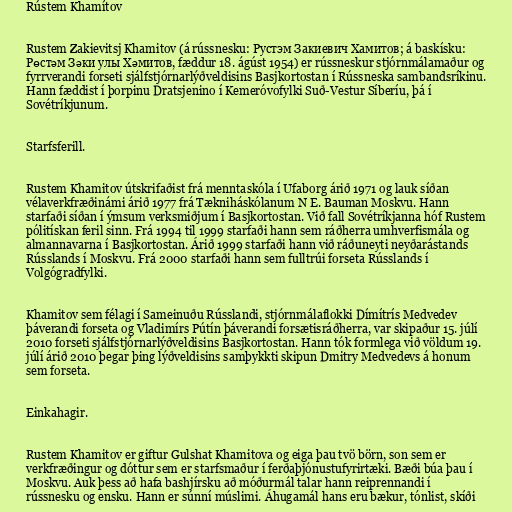
Rústem Khamítov

Rustem Zakievitsj Khamitov (á rússnesku: Рустэм Закиевич Хамитов; á baskísku:
Рөстәм Зәки улы Хәмитов, fæddur 18. ágúst 1954) er rússneskur stjórnmálamaður og
fyrrverandi forseti sjálfstjórnarlýðveldisins Basjkortostan í Rússneska sambandsríkinu.
Hann fæddist í þorpinu Dratsjenino í Kemeróvofylki Suð-Vestur Síberíu, þá í
Sovétríkjunum.

Starfsferill.

Rustem Khamitov útskrifaðist frá menntaskóla í Ufaborg árið 1971 og lauk síðan
vélaverkfræðinámi árið 1977 frá Tækniháskólanum N E. Bauman Moskvu. Hann
starfaði síðan í ýmsum verksmiðjum í Basjkortostan. Við fall Sovétríkjanna hóf Rustem
pólitískan feril sinn. Frá 1994 til 1999 starfaði hann sem ráðherra umhverfismála og
almannavarna í Basjkortostan. Árið 1999 starfaði hann við ráðuneyti neyðarástands
Rússlands í Moskvu. Frá 2000 starfaði hann sem fulltrúi forseta Rússlands í
Volgógradfylki.

Khamitov sem félagi í Sameinuðu Rússlandi, stjórnmálaflokki Dímítrís Medvedev
þáverandi forseta og Vladimírs Pútín þáverandi forsætisráðherra, var skipaður 15. júlí
2010 forseti sjálfstjórnarlýðveldisins Basjkortostan. Hann tók formlega við völdum 19.
júlí árið 2010 þegar þing lýðveldisins samþykkti skipun Dmitry Medvedevs á honum
sem forseta.

Einkahagir.

Rustem Khamitov er giftur Gulshat Khamitova og eiga þau tvö börn, son sem er
verkfræðingur og dóttur sem er starfsmaður í ferðaþjónustufyrirtæki. Bæði búa þau í
Moskvu. Auk þess að hafa bashjírsku að móðurmál talar hann reiprennandi í
rússnesku og ensku. Hann er súnní múslimi. Áhugamál hans eru bækur, tónlist, skíði